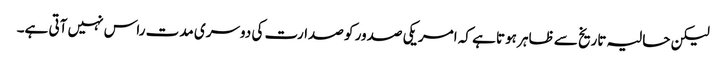
لیکن حالیہ تاریخ سے ظاہر ہوتا ہے کہ امریکی صدور کو صدارت کی دوسری مدت راس نہیں آتی ہے۔